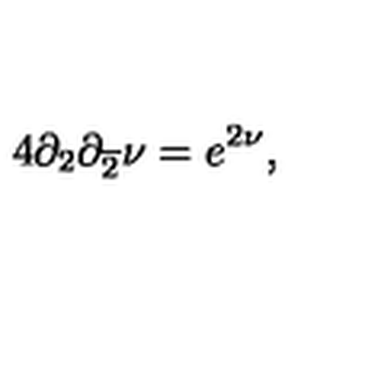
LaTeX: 4 \partial _ { 2 } \partial _ { \overline { { 2 } } } \nu = e ^ { 2 \nu } ,